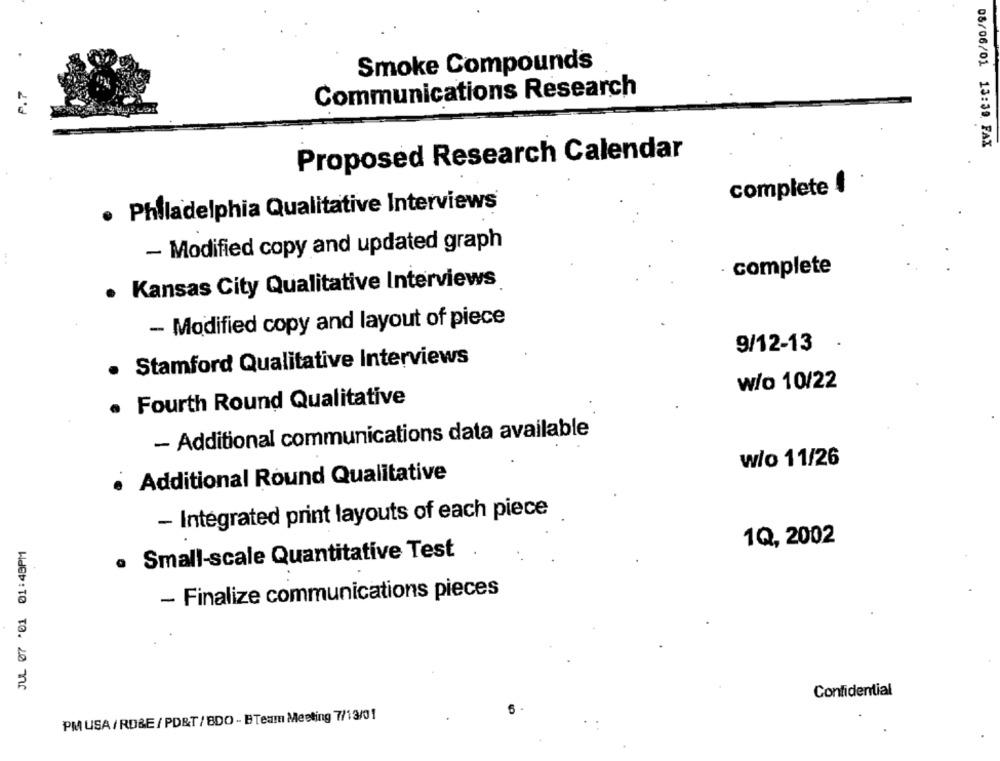
Smoke Compounds
P.7
Communications Research
08/06/01 13:39 FAX
Proposed Research Calendar
complete 4
· Philadelphia Qualitative Interviews
- Modified copy and updated graph
· complete
. Kansas City Qualitative Interviews
- Modified copy and layout of piece
9/12-13
Stamford Qualitative Interviews
w/o 10/22
Fourth Round Qualitative
- Additional communications data available
w/o 11/26
· Additional Round Qualitative
- Integrated print layouts of each piece
1Q, 2002
Small-scale Quantitative Test
.
- Finalize communications pieces
WdBb: 10 TO. 20 7
Confidential
PMUSA/RD&E/ PORT/BDO - BTeam Meeting 7/13/01